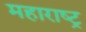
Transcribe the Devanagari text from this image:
महाराष्‍ट्र